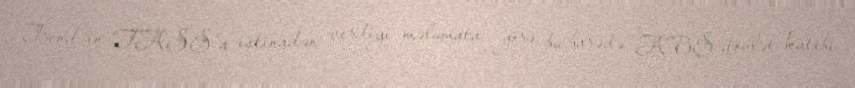
Trend-in "TASS"a istinadən verdiyi məlumata görə, bu barədə ABŞ dövlət katibi